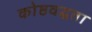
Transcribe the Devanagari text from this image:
कोष्ठवद्धता